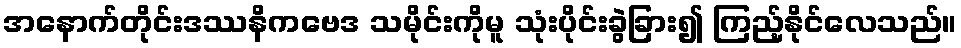
အနောက်တိုင်းဒဿနိကဗေဒ သမိုင်းကိုမူ သုံးပိုင်းခွဲခြား၍ ကြည့်နိုင်လေသည်။